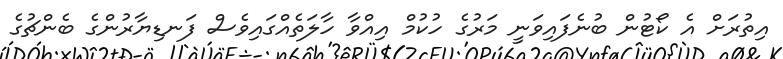
އިތުރަށް އެ ކޯޓުން ބުނެފައިވަނީ މަރުގެ ހުކުމް އިއްވާ ހާލަތެއްގައިވެސް ފަނޑިޔާރުންގެ ބެންޗުގެ